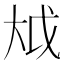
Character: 𫯢